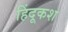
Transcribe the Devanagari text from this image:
हिंदूकश